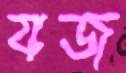
যজ